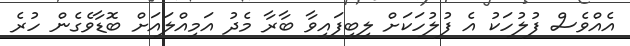
އެއްވެސް ފުލުހަކު އެ ފުލުހަކަށް ލިބިފައިވާ ބާރާ މެދު އަމިއްލައަށް ބޮޑާވެގެން ހުރެ